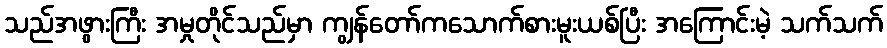
သည်အဖွားကြီး အမှုတိုင်သည်မှာ ကျွန်တော်ကသောက်စားမူးယစ်ပြီး အကြောင်းမဲ့ သက်သက်